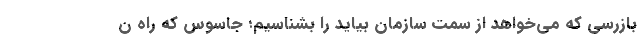
بازرسی که می‌خواهد از سمت سازمان بیاید را بشناسیم؛ جاسوس که راه ن